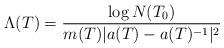
LaTeX: \begin{align*}\Lambda(T)=\frac{\log{N(T_0)}}{m(T)|a(T)-a(T)^{-1}|^2}\end{align*}